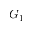
G _ { 1 }